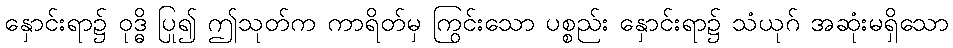
နှောင်းရာ၌ ဝုဒ္ဓိ ပြု၍ ဤသုတ်က ကာရိတ်မှ ကြွင်းသော ပစ္စည်း နှောင်းရာ၌ သံယုဂ် အဆုံးမရှိသော